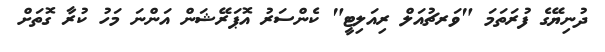
ދުނިޔޭގެ ފުރަތަމަ "ވަރޗުއަލް ރިއަލިޓީ" ކެންސަރު އޮޕަރޭޝަން އަންނަ މަހު ކުރާ ގޮތަށް